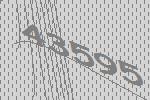
43595